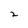
Character: 2